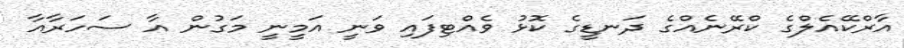
އާރްކޭއެލްގެ ކްރޭނެއްގެ ދަނޑީގެ ކޮޅު ވެއްޓިފައި ވަނީ އަމީނީ މަގުން އާ ސަހަރާއާ